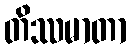
တိဿမာတာ